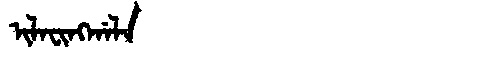
Manchu: ᡳᠯᠠᠸᡳᠩᡤᠠᠯᠠ
Romanization: ILAFINGGALA